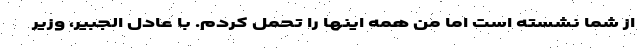
از شما نشسته است اما من همه اينها را تحمل كردم. با عادل الجبير، وزير